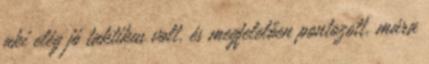
aki elég jó taktikus volt, és megfelelően pontozott, mára